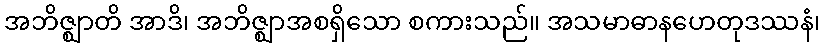
အဘိဇ္ဈာတိ အာဒိ၊ အဘိဇ္ဈာအစရှိသော စကားသည်။ အသမာဓာနဟေတုဒဿနံ၊